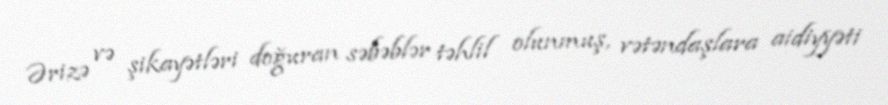
Ərizə və şikayətləri doğuran səbəblər təhlil olunmuş, vətəndaşlara aidiyyəti